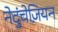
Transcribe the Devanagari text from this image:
नेदुंचेज़ियन